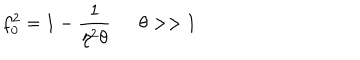
f _ { 0 } ^ { 2 } = 1 - \frac { 1 } { \eta ^ { 2 } \theta } \, \, \, \, \, \, \, \, \, \theta > > 1